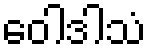
ဝေါဒါသံ